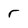
Character: r